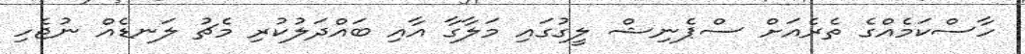
ހާސްކަމެއްގެ ތެރެއަށް ސްޕެނިޝް ލީގުގައި މަލާގާ އާއި ބައްދަލުކުރި މެޗު ލަނޑެއް ނުޖެހި